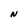
Character: N